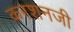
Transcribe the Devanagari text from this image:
करशनजी